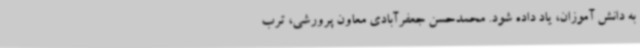
به دانش آموزان، یاد داده شود. محمدحسن جعفرآبادی معاون پرورشی، ترب